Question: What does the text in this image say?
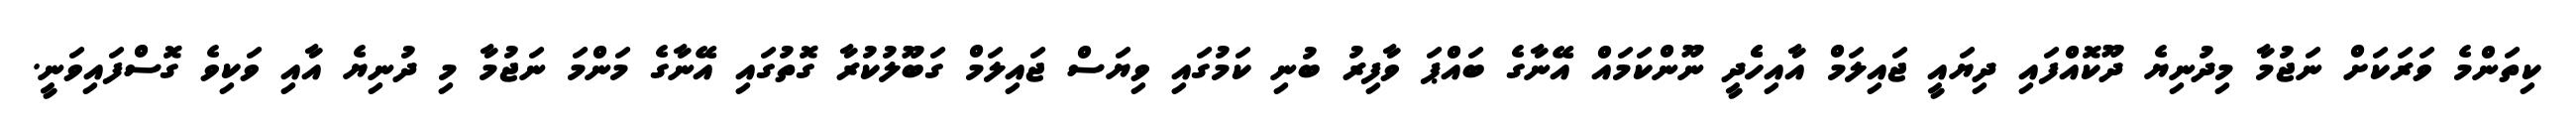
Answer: ކިތަންމެ ވަރަކަށް ނަޖުމާ މިދުނިޔެ ދޫކޮއްފައި ދިޔައީ ޖައިލަމް އާއިހެެދީ ނޫންކަމައް އޭނާގެ ބައްޕަ ވާފިރު ބުނި ކަމުގައި ވިޔަސް ޖައިލަމް ގަބޫލުކުރާ ގޮތުގައި އޭނާގެ މަންމަ ނަޖުމާ މި ދުނިޔެ އާއި ވަކިވެ ގޮސްފައިވަނީ.